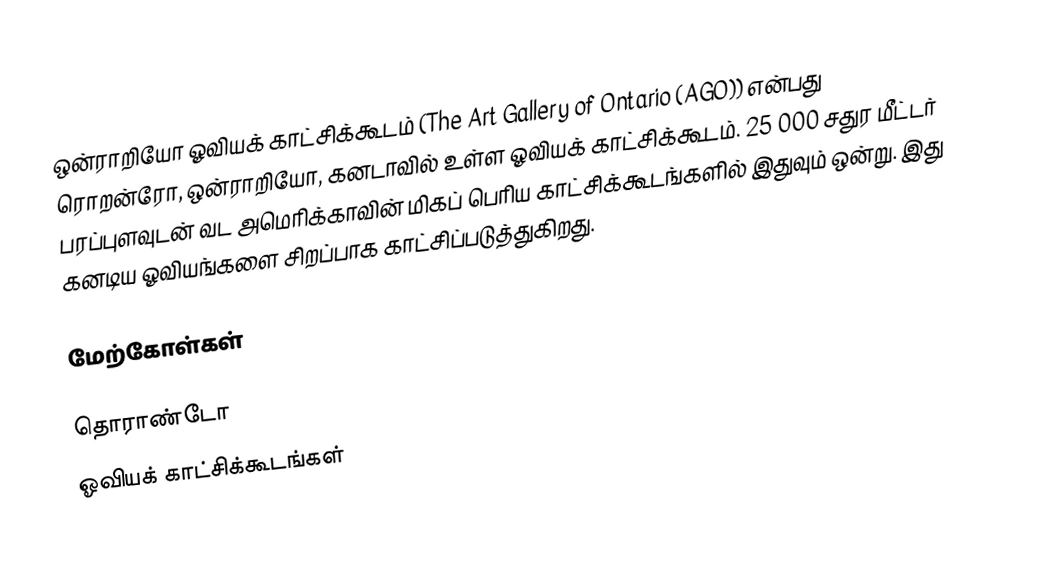
ஒன்ராறியோ ஓவியக் காட்சிக்கூடம் (The Art Gallery of Ontario (AGO)) என்பது ரொறன்ரோ, ஒன்ராறியோ, கனடாவில் உள்ள ஓவியக் காட்சிக்கூடம்.  25 000 சதுர மீட்டர் பரப்புளவுடன் வட அமெரிக்காவின் மிகப் பெரிய காட்சிக்கூடங்களில் இதுவும் ஒன்று.  இது கனடிய ஓவியங்களை சிறப்பாக காட்சிப்படுத்துகிறது.

மேற்கோள்கள்

தொராண்டோ
ஓவியக் காட்சிக்கூடங்கள்